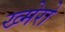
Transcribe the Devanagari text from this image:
ख्मेरो